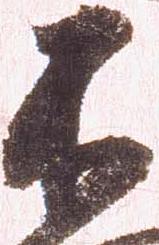
不